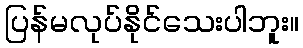
ပြန်မလုပ်နိုင်သေးပါဘူး။